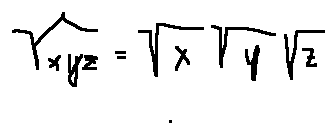
\sqrt { x y z } = \sqrt { x } \sqrt { y } \sqrt { z }